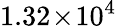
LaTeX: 1.32\! \times\! 10^{4}